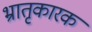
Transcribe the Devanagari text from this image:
भ्रातृकारक